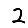
Digit: 2